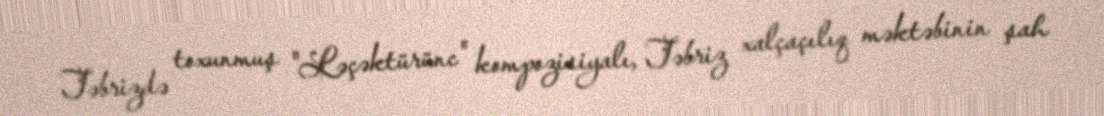
Təbrizdə toxunmuş "Ləçəktürünc" kompozisiyalı, Təbriz xalçaçılıq məktəbinin şah